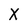
Character: X